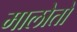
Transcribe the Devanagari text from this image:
मालोतो